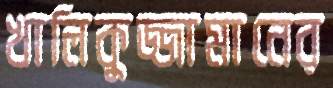
খালিকুজ্জামানের